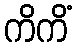
ကိကိံ